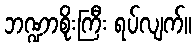
ဘဏ္ဍာစိုးကြီး ရပ်လျက်။